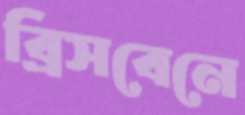
ব্রিসবেনে